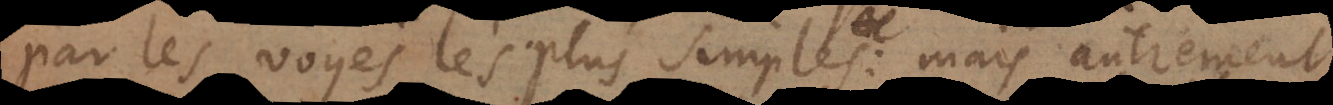
par les voyes les plus simples: mais autrement